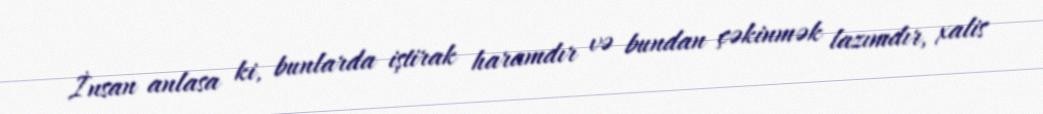
İnsan anlasa ki, bunlarda iştirak haramdır və bundan çəkinmək lazımdır, xalis